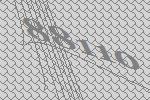
88110